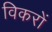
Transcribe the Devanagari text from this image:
विकरों